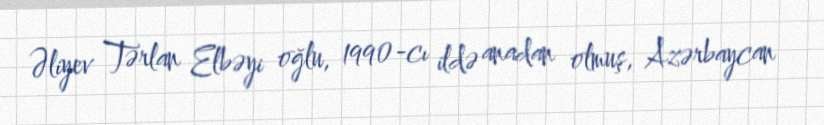
Əliyev Tərlan Elbəyi oğlu, 1990-cı ildə anadan olmuş, Azərbaycan